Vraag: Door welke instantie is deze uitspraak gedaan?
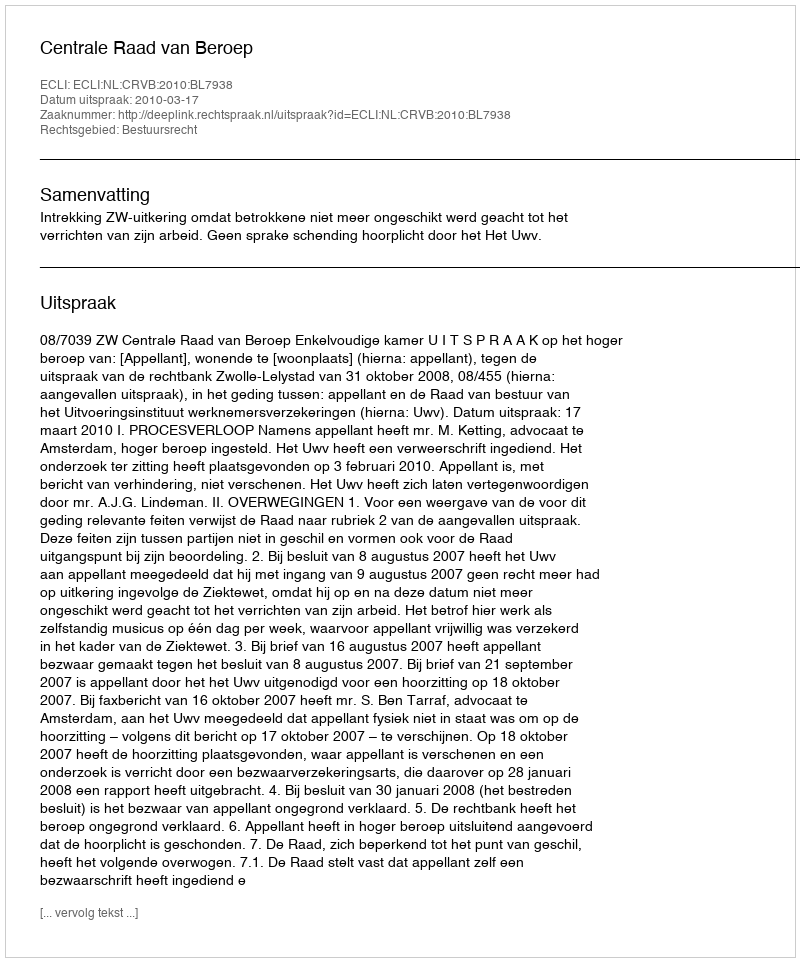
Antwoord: Centrale Raad van Beroep